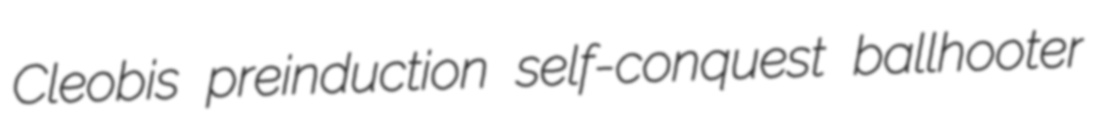
Cleobis preinduction self-conquest ballhooter